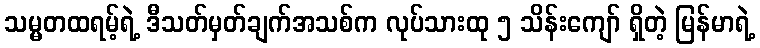
သမ္မတထရမ့်ရဲ့ ဒီသတ်မှတ်ချက်အသစ်က လုပ်သားထု ၅ သိန်းကျော် ရှိတဲ့ မြန်မာရဲ့